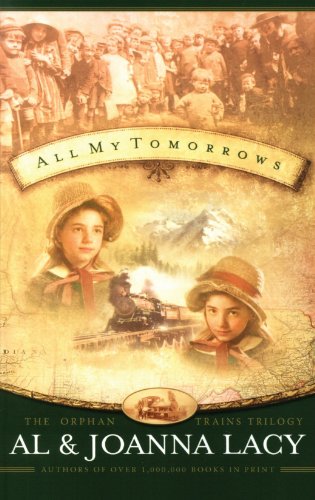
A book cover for All My Tomorrows (The Orphan Trains Trilogy #2); Al & Joanna Lacy; Religion & Spirituality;